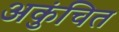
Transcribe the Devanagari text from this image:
अकुंचित